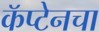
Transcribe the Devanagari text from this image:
कॅप्टेनचा